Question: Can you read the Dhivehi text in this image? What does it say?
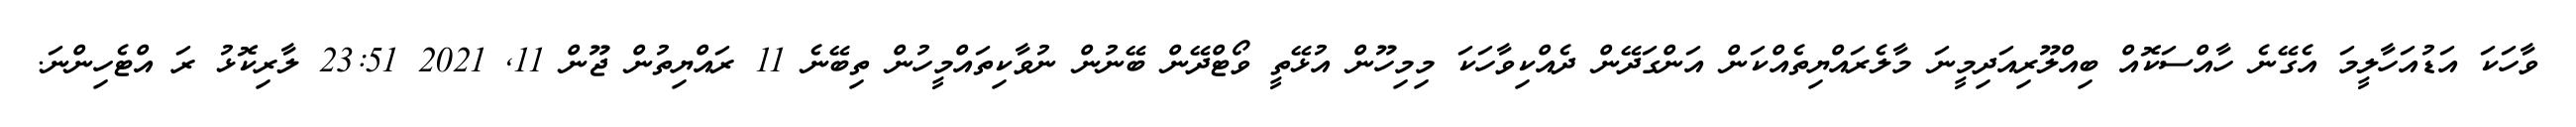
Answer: ވާހަކަ އަޑުއަހާލީމަ އެގޭނެ ހާއްސަކޮއް ބިއްލޫރިއަދިމީނަ މާލެރައްޔިތެއްކަން އަންގަދޭން ދެއްކިވާހަކަ މިމިހޫން އުޅޭތީ ވޯޓްދޭން ބޭނުން ނުވާކިތައްމީހުން ތިބޭނެ 11 ރައްޔިތުން ޖޫން 11, 2021 23:51 ލާރިކޮޅު ރަ އްޓެހިންނަ.